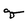
Character: q